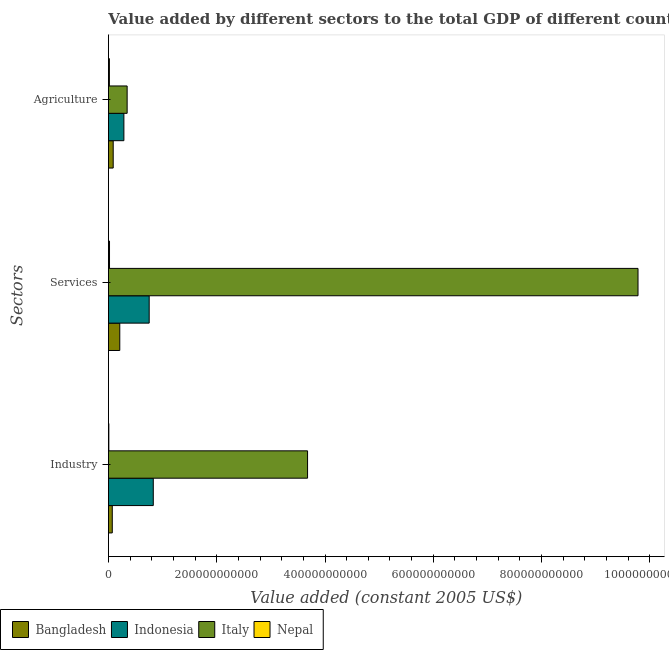
| Sectors | Bangladesh | Indonesia | Italy | Nepal |
 | --- | --- | --- | --- | --- |
 | Industry | 7.11e+09 | 8.29e+10 | 3.68e+11 | 7.76e+08 |
 | Services | 2.1e+10 | 7.53e+10 | 9.78e+11 | 2.01e+09 |
 | Agriculture | 8.81e+09 | 2.85e+10 | 3.46e+10 | 1.8e+09 |